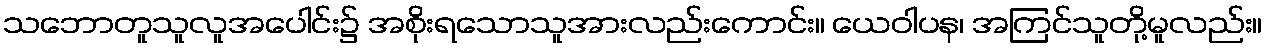
သဘောတူသူလူအပေါင်း၌ အစိုးရသောသူအားလည်းကောင်း။ ယေဝါပန၊ အကြင်သူတို့မူလည်း။